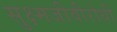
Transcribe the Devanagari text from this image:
सुक्ष्मजीवीरोधी